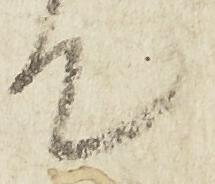
て